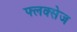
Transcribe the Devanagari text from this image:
फ्लक्‍सेज